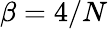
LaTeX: \beta=4/N